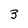
Character: 3